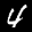
Label: 4